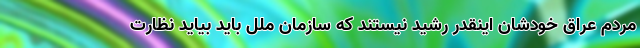
مردم عراق خودشان اینقدر رشید نیستند که سازمان ملل باید بیاید نظارت